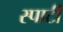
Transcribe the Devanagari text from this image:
स्पार्टी